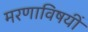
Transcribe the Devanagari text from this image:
मरणाविषयीं